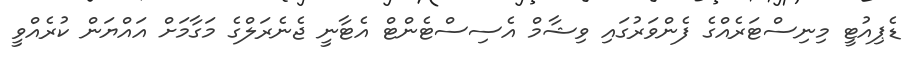
ޑެޕިއުޓީ މިނިސްޓަރެއްގެ ފެންވަރުގައި ވިޝާމް އެސިސްޓެންޓް އެޓާނީ ޖެނެރަލްގެ މަގާމަށް އައްޔަން ކުރެއްވީ